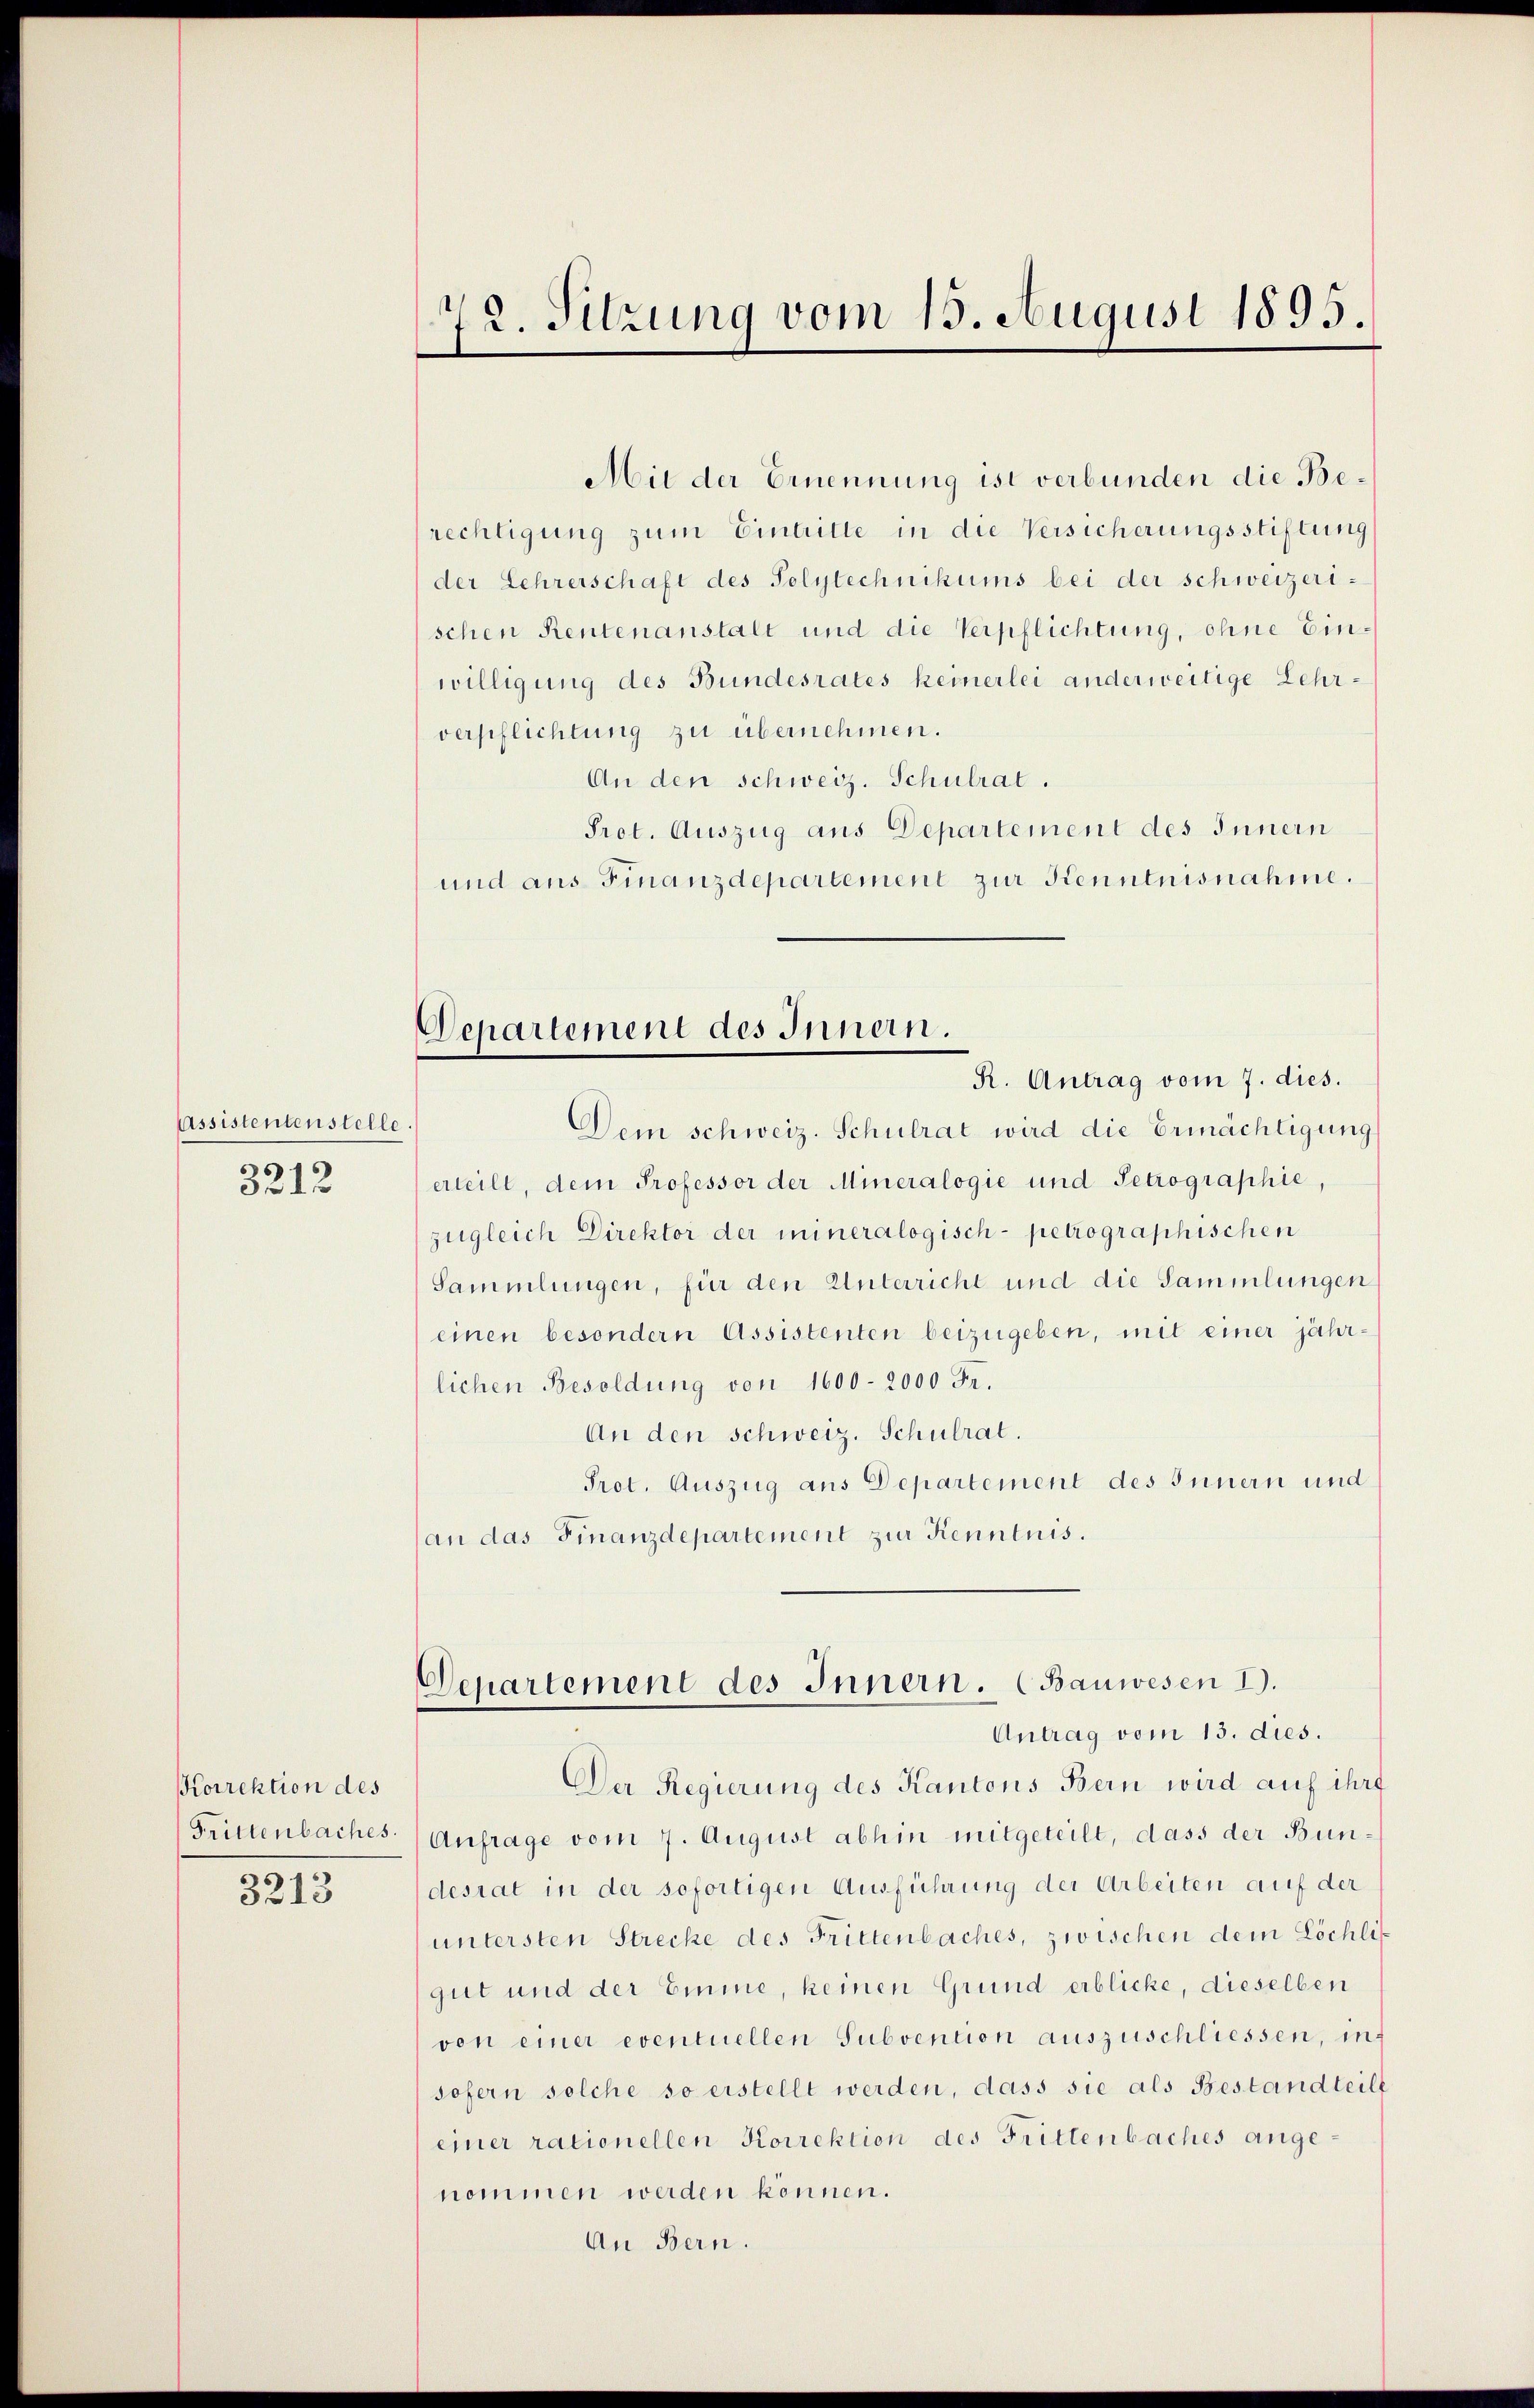
Assistentenstelle
3212

Korrektion des
Trittenbaches.

3213

72. Sitzung vom 15. August 1895.

Mit der Ernennung ist verbunden die Berechtigung zum Eintritte in die Versicherungsstiftung
der Lehrerschaft des Polytechnikums bei der schweizerischen Rentenanstalt und die Verpflichtung, ohne Einwilligung des Bundesrates keinerlei anderweitige Lehrverpflichtung zu übernehmen.
An den schweiz. Schulrat.
Prot. Auszug aus Departement des Innern
und aus Finanzdepartement zur Kenntnisnahme.
Departement des Innern.
R. Antrag vom 7. dies.
Dem schweiz. Schulrat wird die Ermächtigung
erteilt, dem Professor der Mineralogie und Petrographie,
zugleich Direktor der mineralogisch-petrographischen
Sammlungen, für den Unterricht und die Sammlungen
einen besondern Assistenten beizugeben, mit einer jähr-
lichen Besoldung von 1600-2000 Fr.
An den schweiz. Schulrat.
Prot. Auszug aus Departement des Innern und
(an das Finanzdepartement zur Kenntnis.

Departement des Innern. (Bauwesen I.
Antrag vom 13. dies.

Der Regierung des Kantons Bern wird auf ihre
Anfrage vom 7. August abhin mitgeteilt, dass der Bundesrat in der sofortigen Ausführung der Arbeiten auf der
untersten Strecke des Frittenbaches, zwischen dem Löchligut und der Emme, keinen Grund erblicke, dieselben
von einer eventuellen Subvention auszuschliessen, in
sofern solche so erstellt werden, dass sie als Bestandteilt
einer rationellen Korrektion des Frittenbaches angenommen werden können.
An Bern.